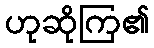
ဟုဆိုကြ၏